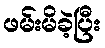
ဖမ်းမိခဲ့ပြီး